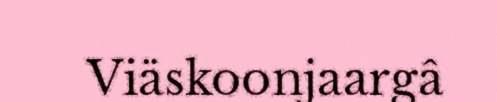
Viäskoonjaargâ